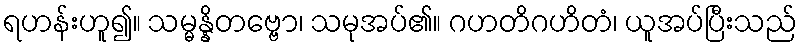
ရဟန်းဟူ၍။ သမ္မန္နိတဗ္ဗော၊ သမုအပ်၏။ ဂဟတိဂဟိတံ၊ ယူအပ်ပြီးသည်